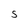
Character: S